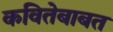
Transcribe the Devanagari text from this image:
कवितेबाबत